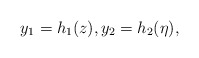
\begin{align*} y_1 = h_1 (z), y_2 = h_2 (\eta), \end{align*}